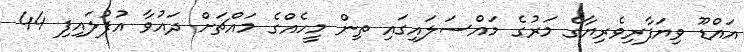
އައްޑޫ ވިޔަފާރިވެރިޔާގެ މަރުގެ މައްސަލައިގައި ތިން މީހެއްގެ މައްޗަށް ދައުވާ އުފުލައިފި 44